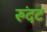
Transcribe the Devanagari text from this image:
रुंदट